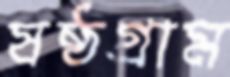
ষষ্ঠগ্রাম